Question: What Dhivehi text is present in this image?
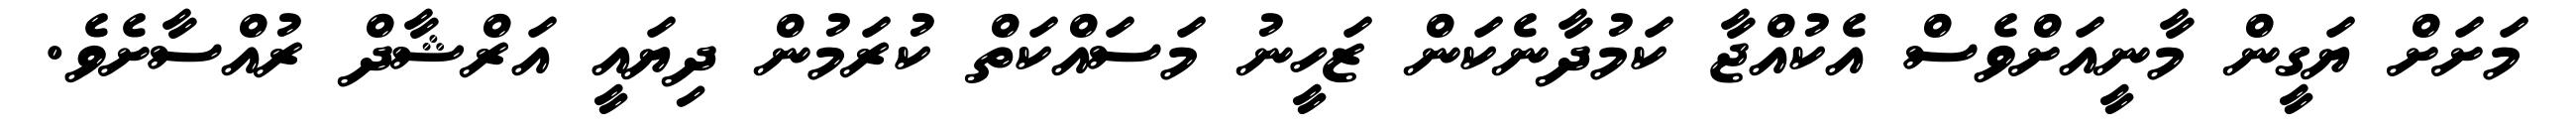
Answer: މަށަށް ޔަގީން މާނީއަށްވެސް އެކުއްޖާ ކަމުދާނެކަން ޒަހީނު މަސައްކަތް ކުރަމުން ދިޔައީ އަރްޝާދް ރުއްސާށެވެ.